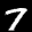
Label: 7